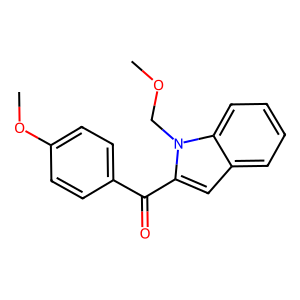
SMILES: COCn1c(C(=O)c2ccc(OC)cc2)cc2ccccc21
Inhibits HIV replication: No